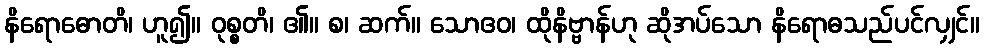
နိရောဓောတိ၊ ဟူ၍။ ဝုစ္စတိ၊ ၏။ စ၊ ဆက်။ သောဧဝ၊ ထိုနိဗ္ဗာန်ဟု ဆိုအပ်သော နိရောဓသည်ပင်လျှင်။